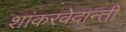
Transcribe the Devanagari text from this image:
शांकरवेदान्ती